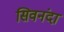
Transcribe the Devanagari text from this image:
सिवनंदा